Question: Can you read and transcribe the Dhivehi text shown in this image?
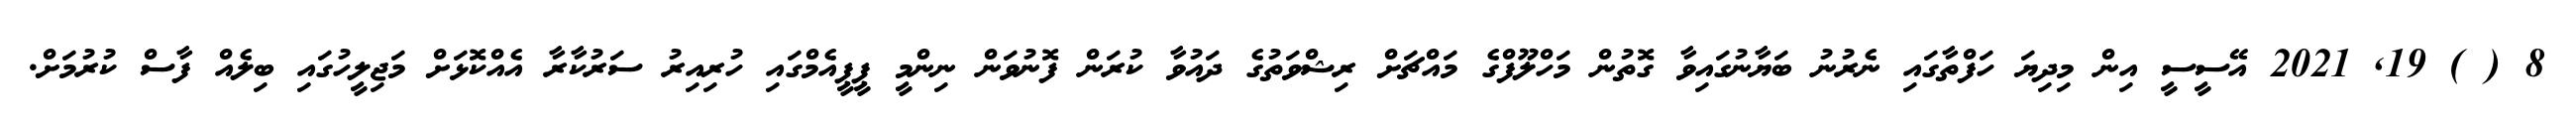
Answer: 8 ( ) 19, 2021 އޭސީސީ އިން މިދިޔަ ހަފްތާގައި ނެރުނު ބަޔާނުގައިވާ ގޮތުން މަހްލޫފްގެ މައްޗަށް ރިޝްވަތުގެ ދައުވާ ކުރަން ފޮނުވަން ނިންމީ ޕީޕީއެމްގައި ހުރިއިރު ސަރުކާރާ އެއްކޮޅަށް މަޖިލީހުގައި ބިލެއް ފާސް ކުރުމަށް.